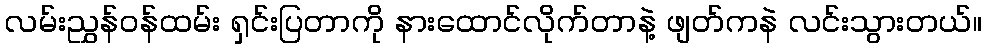
လမ်းညွှန်ဝန်ထမ်း ရှင်းပြတာကို နားထောင်လိုက်တာနဲ့ ဖျတ်ကနဲ လင်းသွားတယ်။